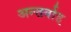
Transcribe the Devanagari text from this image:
अन्‍तर्वाह